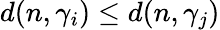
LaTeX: d(n,\gamma_{i})\leq d(n,\gamma_{j})